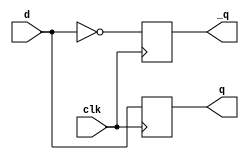
// dff
module d_ff(clk,d,q,_q);
input d,clk;

output q,_q;
reg q,_q;
always@(posedge clk)
begin
    q<=d;
    _q<=~d;
end
endmodule 
// dff with asynchronus reset
module d_ff_reset
   (
    input wire clk, reset,
    input wire d,
    output reg q
   );
   always @(posedge clk, posedge reset)
      if (reset)
         q <= 1'b0;
      else
         q <= d;
endmodule

module reg_reset
(
input wire clk, reset,
input wire [7:0] d ,
output reg [7:0] q
);
// body
always @ ( posedge clk , posedge reset)
  if ( reset )
    q <= 0 ;
  else
    q <= d ;
endmodule